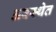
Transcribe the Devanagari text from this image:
अवस्‍थेत